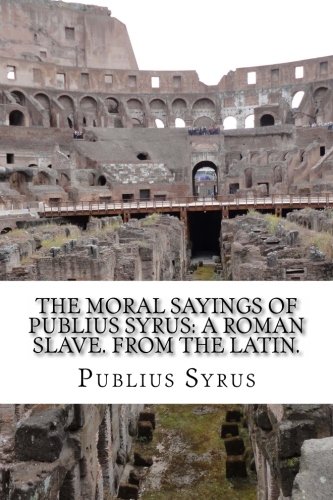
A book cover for The Moral Sayings Of Publius Syrus: A Roman Slave. From the latin.; Publius Syrus; Literature & Fiction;